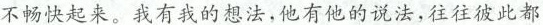
不畅快起来。我有我的想法，他有他的说法，往往彼此都